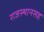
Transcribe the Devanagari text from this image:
राजस्थानसह